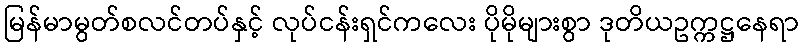
မြန်မာမွတ်စလင်တပ်နှင့် လုပ်ငန်းရှင်ကလေး ပိုမိုများစွာ ဒုတိယဥက္ကဋ္ဌနေရာ